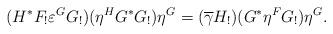
LaTeX: \begin{align*}(H^*F_!\varepsilon^GG_!)(\eta^HG^*G_!)\eta^G = (\overline{\gamma}H_!)(G^*\eta^FG_!)\eta^G.\end{align*}